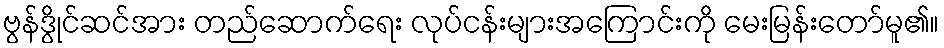
ဗွန်ဒွိုင်ဆင်အား တည်ဆောက်ရေး လုပ်ငန်းများအကြောင်းကို မေးမြန်းတော်မူ၏။